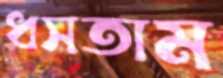
ধসতাম